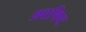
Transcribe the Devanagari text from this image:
अवषिष्ट